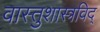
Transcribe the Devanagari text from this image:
वास्तुशास्त्रविद्